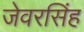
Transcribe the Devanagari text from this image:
जेवरसिंह